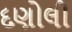
દણોલી